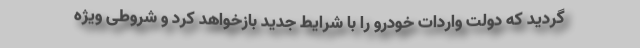
گردید که دولت واردات خودرو را با شرایط جدید بازخواهد کرد و شروطی ویژه